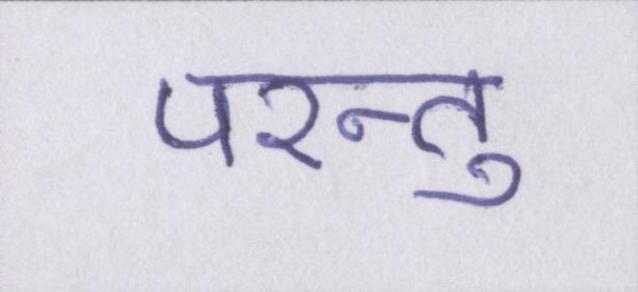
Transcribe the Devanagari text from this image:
परन्तु